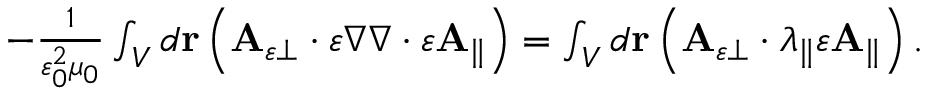
\begin{array} { r } { - \frac { 1 } { \varepsilon _ { 0 } ^ { 2 } \mu _ { 0 } } \int _ { V } d \mathbf { r } \left( \mathbf { A } _ { \varepsilon \perp } \cdot \varepsilon \nabla \nabla \cdot \varepsilon \mathbf { A } _ { \parallel } \right) = \int _ { V } d \mathbf { r } \left( \mathbf { A } _ { \varepsilon \perp } \cdot \lambda _ { \parallel } \varepsilon \mathbf { A } _ { \parallel } \right) . } \end{array}